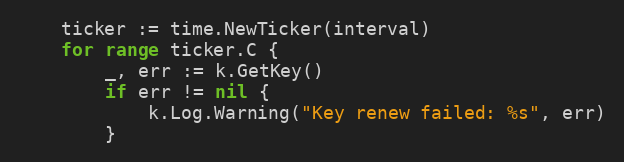
Language: Go
	ticker := time.NewTicker(interval)
	for range ticker.C {
		_, err := k.GetKey()
		if err != nil {
			k.Log.Warning("Key renew failed: %s", err)
		}